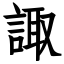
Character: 諏